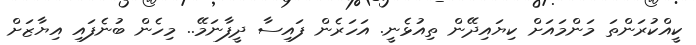
ކީއްކުރަންތަ މަންމައަށް ކިޔައިދޭން ތިއުޅެނީ. އަހަރެން ފައިސާ ދީފާނަމޭ.. މިހެން ބުނެފައި އިޔާޒަށް